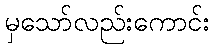
မှသော်လည်းကောင်း